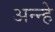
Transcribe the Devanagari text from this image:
अन्न्हे